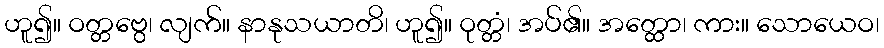
ဟူ၍။ ဝတ္တဗွေ၊ လျက်။ နာနုသယာတိ၊ ဟူ၍။ ဝုတ္တံ၊ အပ်၏။ အတ္ထော၊ ကား။ သောယေဝ၊